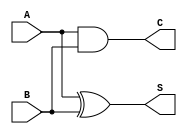
module HalfAdder (
    input wire A,   // Single-bit input A
    input wire B,   // Single-bit input B
    output wire S,  // Sum output
    output wire C   // Carry output
);

// Logic for Sum and Carry
assign S = A ^ B;  // Sum is the XOR of A and B
assign C = A & B;  // Carry is the AND of A and B

endmodule